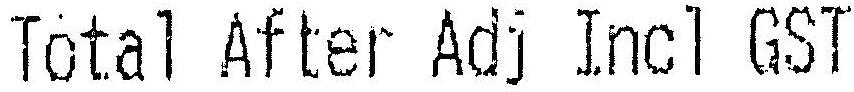
TOTAL AFTER ADJ INCL GST